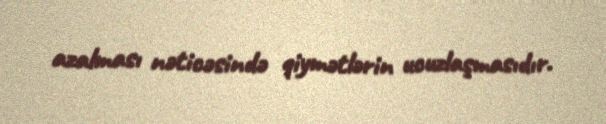
azalması nəticəsində qiymətlərin ucuzlaşmasıdır.